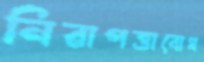
নিরাপত্তাবোধ